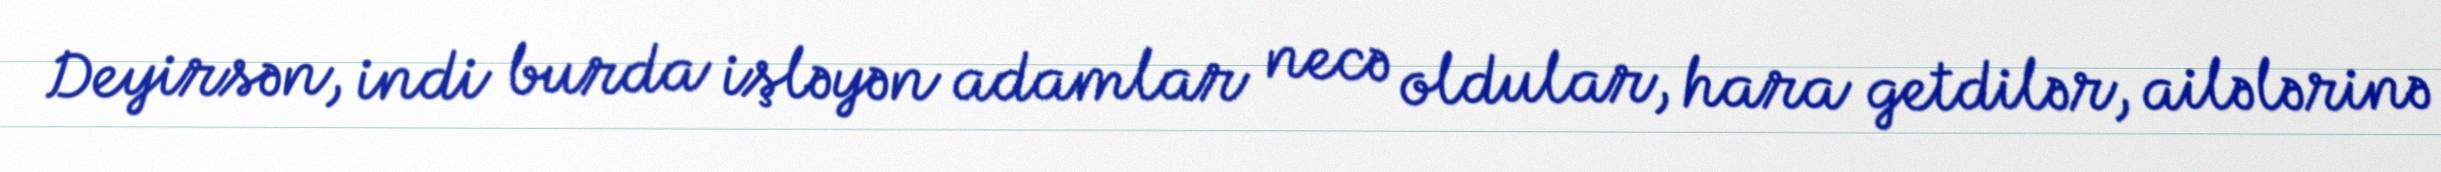
Deyirsən, indi burda işləyən adamlar necə oldular, hara getdilər, ailələrinə